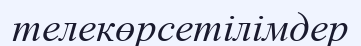
телекөрсетілімдер